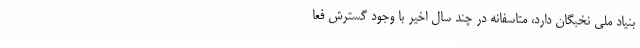
بنیاد ملی نخبگان دارد، متاسفانه در چند سال اخیر با وجود گسترش فعا